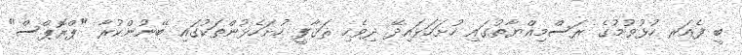
ބީ ފެއަރ ހުޅުވުމުގެ ރަސްމިއްޔާތުގައި ހުށަހަޅައިދޭ ދިވެހި ޘަޤާފީ ހުށަހެޅުންތަކުގައި ބޭނުންކުރާ "ޕްރޮޕްސް"